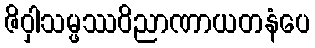
ဇိဝှါသမ္ဖဿဝိညာဏာယတနံပေ